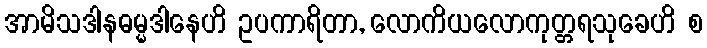
အာမိသဒါနဓမ္မဒါနေဟိ ဥပကာရိတာ, လောကိယလောကုတ္တရသုခေဟိ စ